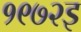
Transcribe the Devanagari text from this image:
१९७२इ